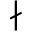
\nmid